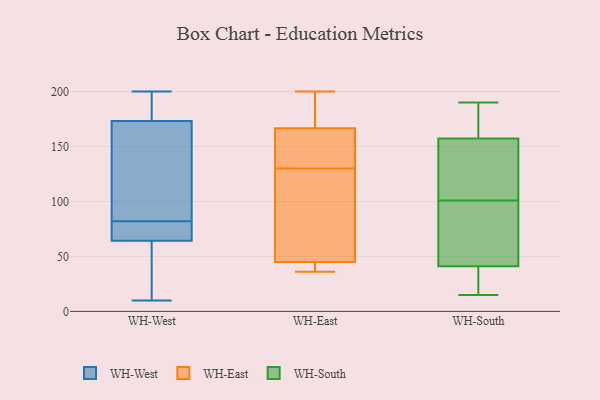
{"axis": {"x": "Conversion Rate (%)", "y": "Value"}, "legend": ["WH-East", "WH-South", "WH-West"], "data": [{"x": "", "y": 61, "type": "WH-West"}, {"x": "", "y": 98, "type": "WH-West"}, {"x": "", "y": 179, "type": "WH-West"}, {"x": "", "y": 106, "type": "WH-West"}, {"x": "", "y": 68, "type": "WH-West"}, {"x": "", "y": 182, "type": "WH-West"}, {"x": "", "y": 10, "type": "WH-West"}, {"x": "", "y": 23, "type": "WH-West"}, {"x": "", "y": 64, "type": "WH-West"}, {"x": "", "y": 71, "type": "WH-West"}, {"x": "", "y": 200, "type": "WH-West"}, {"x": "", "y": 67, "type": "WH-West"}, {"x": "", "y": 65, "type": "WH-West"}, {"x": "", "y": 184, "type": "WH-West"}, {"x": "", "y": 165, "type": "WH-West"}, {"x": "", "y": 104, "type": "WH-West"}, {"x": "", "y": 45, "type": "WH-West"}, {"x": "", "y": 176, "type": "WH-West"}, {"x": "", "y": 82, "type": "WH-West"}, {"x": "", "y": 147, "type": "WH-East"}, {"x": "", "y": 45, "type": "WH-East"}, {"x": "", "y": 171, "type": "WH-East"}, {"x": "", "y": 117, "type": "WH-East"}, {"x": "", "y": 154, "type": "WH-East"}, {"x": "", "y": 36, "type": "WH-East"}, {"x": "", "y": 96, "type": "WH-East"}, {"x": "", "y": 37, "type": "WH-East"}, {"x": "", "y": 174, "type": "WH-East"}, {"x": "", "y": 45, "type": "WH-East"}, {"x": "", "y": 200, "type": "WH-East"}, {"x": "", "y": 40, "type": "WH-East"}, {"x": "", "y": 131, "type": "WH-East"}, {"x": "", "y": 196, "type": "WH-East"}, {"x": "", "y": 130, "type": "WH-East"}, {"x": "", "y": 15, "type": "WH-South"}, {"x": "", "y": 164, "type": "WH-South"}, {"x": "", "y": 137, "type": "WH-South"}, {"x": "", "y": 178, "type": "WH-South"}, {"x": "", "y": 172, "type": "WH-South"}, {"x": "", "y": 18, "type": "WH-South"}, {"x": "", "y": 122, "type": "WH-South"}, {"x": "", "y": 190, "type": "WH-South"}, {"x": "", "y": 69, "type": "WH-South"}, {"x": "", "y": 39, "type": "WH-South"}, {"x": "", "y": 100, "type": "WH-South"}, {"x": "", "y": 107, "type": "WH-South"}, {"x": "", "y": 50, "type": "WH-South"}, {"x": "", "y": 47, "type": "WH-South"}, {"x": "", "y": 101, "type": "WH-South"}, {"x": "", "y": 143, "type": "WH-South"}, {"x": "", "y": 29, "type": "WH-South"}, {"x": "", "y": 162, "type": "WH-South"}, {"x": "", "y": 22, "type": "WH-South"}]}